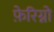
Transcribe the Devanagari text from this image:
फ़ेरिग्नो